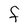
Character: F